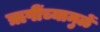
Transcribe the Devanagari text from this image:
ॠषींच्यामुळें